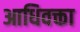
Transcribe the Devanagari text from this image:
आधिवक्ता